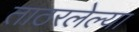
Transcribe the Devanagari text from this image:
ताठरलेल्या